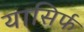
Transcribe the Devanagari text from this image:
यासिर्फ